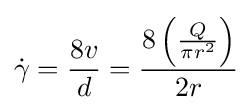
{\dot {\gamma }}={\frac {8v}{d}}={\frac {8\left({\frac {Q}{\pi r^{2}}}\right)}{2r}}